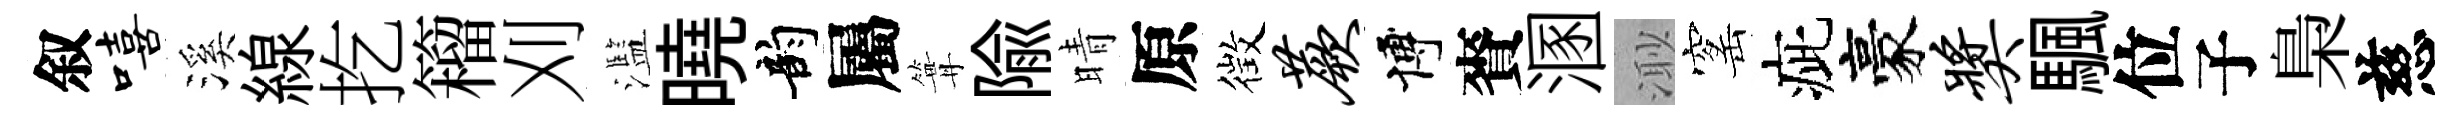
叙嘻溪線扢籕刈濫曉韵屬篝隃晴原徴蕨博賚溷𣺌窰疵豪奖颿位子梟慈